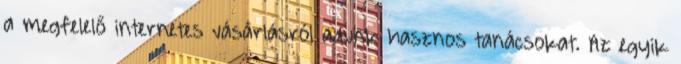
a megfelelő internetes vásárlásról adunk hasznos tanácsokat. Az egyik